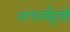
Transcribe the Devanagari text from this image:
अधर्मरूपी